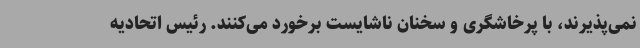
نمی‌پذیرند، با پرخاشگری و سخنان ناشایست برخورد می‌کنند. رئیس اتحادیه